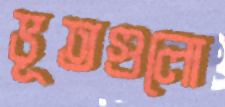
ভূতগুলো